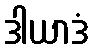
ဒါယာဒံ